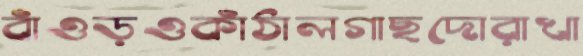
বাঁওড়ওকাঁঠালগাছদোরাখা